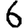
Digit: 6